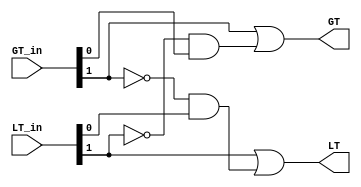
// This program was cloned from: https://github.com/NYU-MLDA/OpenABC
// License: BSD 3-Clause "New" or "Revised" License

module magcompare2c (LT, GT, GT_in, LT_in);

   input [1:0] LT_in;
   input [1:0] GT_in;
   
   output      LT;
   output      GT;

   // Determine if A < B  using a minimized sum-of-products expression
   assign GT = GT_in[1] | ~LT_in[1]&GT_in[0];

   // Determine if A > B  using a minimized sum-of-products expression
   assign LT = LT_in[1] | !GT_in[1]&LT_in[0];

endmodule